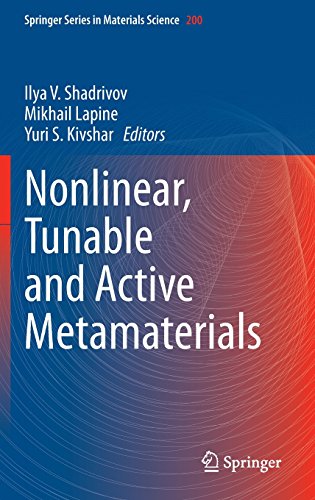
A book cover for Nonlinear, Tunable and Active Metamaterials (Springer Series in Materials Science); Science & Math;